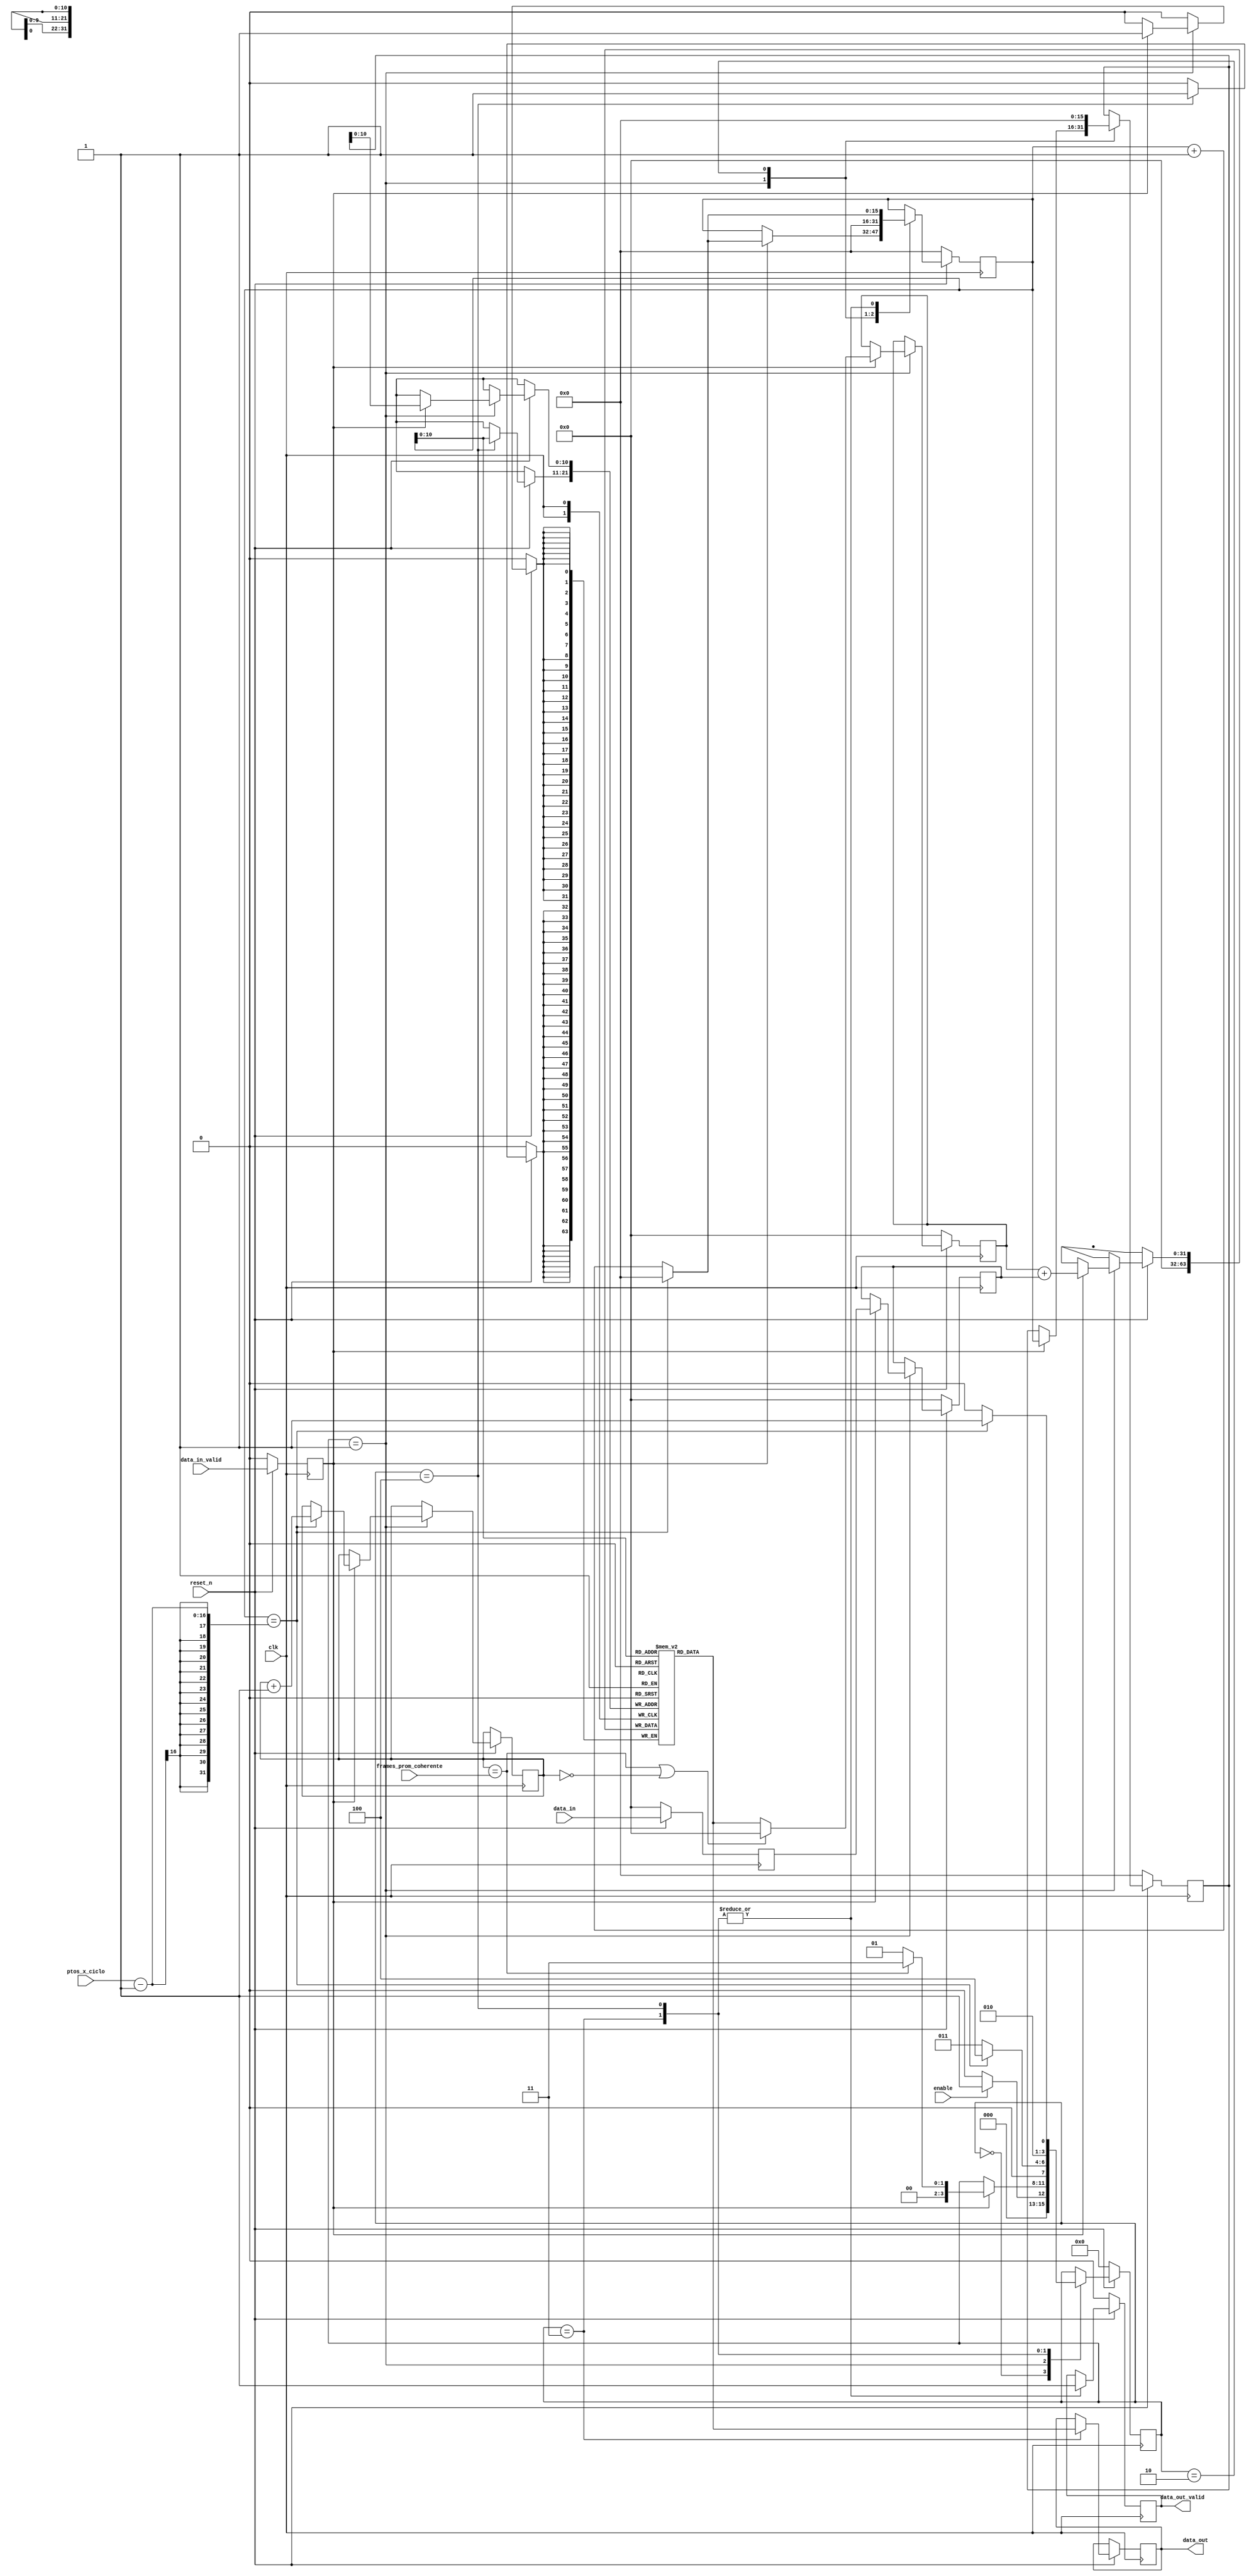
/*
	Este modulo promedia frames_prom_coherente ciclos de la seal y despues transmite el ciclo de seal resultante al siguiente modulo	
*/

module coherent_avg(
	
	// Entradas de control
	input clk,
	input reset_n,
	input enable,
	
	// Parametros de configuracion
	input [15:0] ptos_x_ciclo,
	input [15:0] frames_prom_coherente,
	
	// Entrada avalon streaming
	input data_in_valid,
	input signed [31:0] data_in,
	
	// Salida avalon streaming 
	output data_out_valid,
	output signed [31:0] data_out	
	
);


//=======================================================
// Reg/Wire declarations
//=======================================================


parameter buf_tam = 2048;

wire [15:0] M; assign M=ptos_x_ciclo; 				// Cantidad de puntos por ciclo de seal
wire [15:0] N; assign N=frames_prom_coherente;	// Frames promediados coherentemente... 
							
							
reg [15:0] index,frames_promediados,index_retrasado; 

reg signed [31:0] buffer [0:buf_tam-1];
reg signed [31:0] data_reg,data_anterior,data_out_reg;
reg data_out_reg_valid;

// Registro las entradas... es mas prolijo trabajar con las entradas registradas

reg signed [31:0] data_in_reg; always @ (posedge clk) data_in_reg <= (!reset_n)? 0: data_in;
reg data_valid_reg; always @ (posedge clk) data_valid_reg <= (!reset_n)? 0: data_in_valid;

reg [3:0] state; parameter idle=0,average=1, reset_index=2, transmit=3, clean=4, finish=5;

//===========	============================================
// Algoritmo principal
//=======================================================


always@ (posedge clk)
begin
	if(!reset_n)	//init
	begin 
		state <= idle;
		data_reg <= 0;
		data_anterior <= 0;
		index <= 0;
		index_retrasado <= 0;
		data_out_reg_valid <= 0;
	end		
		
	else 
	begin
		
		case(state)
		
			idle: 
			begin
				state <= (enable)? average : idle;

			end
			
			average:
			begin
				if(data_valid_reg)
				begin				
		
					// 1 etapa datos anteriores
					// Si ya termine de promediar lo que quiero me olvido del dato anterior!
					index <= (index==(M-1))? 0 : index+1;

					data_reg <= data_in_reg;
					data_anterior <= ((frames_promediados == N) || (frames_promediados == 0) )? 0 : buffer [index];	
		
					// 2 etapa dato nuevos
					index_retrasado <= index;		
					buffer[index_retrasado] <= data_anterior + data_reg;
					
					// Logica de cambio de estado
					frames_promediados <= (index == M-1) ? frames_promediados + 1 : frames_promediados;
					state <= (frames_promediados == N) ? transmit : average;
				end
												
			end
			
			reset_index:
			begin
					
				index <= 0;
				index_retrasado <= 0;
					
			end
			
			transmit:
			begin
				data_out_reg <= buffer [index];
				data_out_reg_valid <= 1;

				index <= (index==(M-1))? 0 : index+1;
				state <= (index==(M-1))? clean : transmit;
			end

			clean:
			begin
				buffer [index] <= 0;;
				data_out_reg_valid <= 1;

				index <= (index==(M-1))? 0 : index+1;
				state <= (index==(M-1))? finish : clean;
			end
			
			finish:
			begin
				// Solo un reset me saca de aca				
			end

		endcase
	end
end

assign data_out = data_out_reg; 
assign data_out_valid = data_out_reg_valid;

endmodule